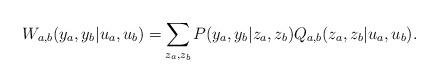
LaTeX: \begin{align*} W_{a,b}(y_a,y_b|u_a,u_b) = \sum_{\mathclap{z_a,z_b}} P(y_a,y_b|z_a,z_b)Q_{a,b}(z_a,z_b|u_a,u_b). \end{align*}